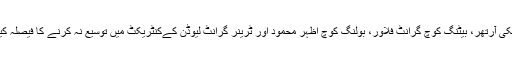
چیئرمین پی سی بی احسان مانی نے کرکٹ کمیٹی کی سفارشات منظور کرتے ہوئے ہیڈ کوچ مکی آرتھر، بیٹنگ کوچ گرانٹ فلاور، بولنگ کوچ اظہر محمود اور ٹرینر گرانٹ لیوڈن کےکنٹریکٹ میں توسیع نہ کرنے کا فیصلہ کیا ہے، چاروں عہدوں پر نئی تعیناتیوں کے لیے پاکستان کرکٹ بورڈ اشتہار جلد جاری کرے گا۔